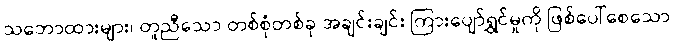
သဘောထားများ၊ တူညီသော တစ်စုံတစ်ခု အချင်းချင်း ကြားပျော်ရွှင်မှုကို ဖြစ်ပေါ်စေသော